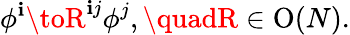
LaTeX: \phi^{\mathbf{i}}\toR^{\mathbf{i}j}\phi^{j},\quadR\in\mathrm{{O}}(N).